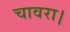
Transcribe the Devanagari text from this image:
चावरा।